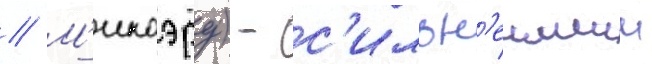
// М'икаэру) - с'ильн'еишии